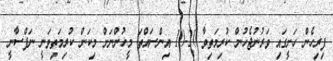
ފިރިހެން ހަށީގައި ވަރުނުޖެހުން ކުރިމަތިވާ 20-10 އިންސައްތަ މީހުންނަށް މިކަން ކުރިމަތިވަނީ ނަފްސާނީ